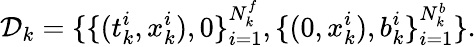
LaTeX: \mathcal{D}_{k}=\{ \{ (t_{k}^{i},x_{k}^{i}),0\} _{i=1}^{N_{k}^{f}},\{ (0,x_{k}^{i}),b_{k}^{i}\} _{i=1}^{N_{k}^{b}}\} .